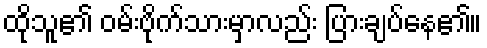
ထိုသူ၏ ဝမ်းဗိုက်သားမှာလည်း ပြားချပ်နေ၏။